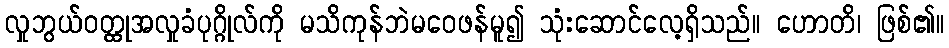
လှုဘွယ်ဝတ္ထုအလှုခံပုဂ္ဂိုလ်ကို မသိကုန်ဘဲမဝေဖန်မူ၍ သုံးဆောင်လေ့ရှိသည်။ ဟောတိ၊ ဖြစ်၏။